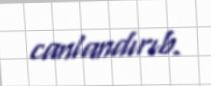
canlandırıb.